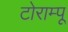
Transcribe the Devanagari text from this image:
टोराम्पू